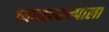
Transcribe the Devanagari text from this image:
व्याघ्रप्रकल्पाला